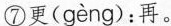
⑦更(gèng)：再。